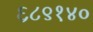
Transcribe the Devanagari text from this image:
६८९१४०